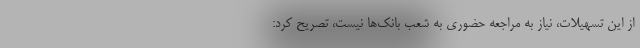
از این تسهیلات، نیاز به مراجعه حضوری به شعب بانک‌ها نیست، تصریح کرد: